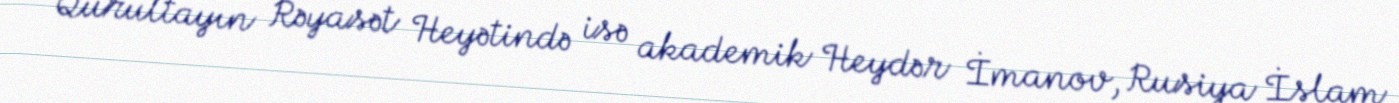
Qurultayın Rəyasət Heyətində isə akademik Heydər İmanov, Rusiya İslam